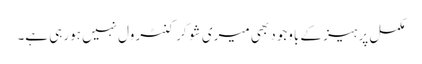
مکمل پرہیز کے باوجود بھی میری شوگر کنٹرول نہیں ہورہی ہے۔